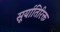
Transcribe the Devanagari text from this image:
सूर्यातिरिक्त